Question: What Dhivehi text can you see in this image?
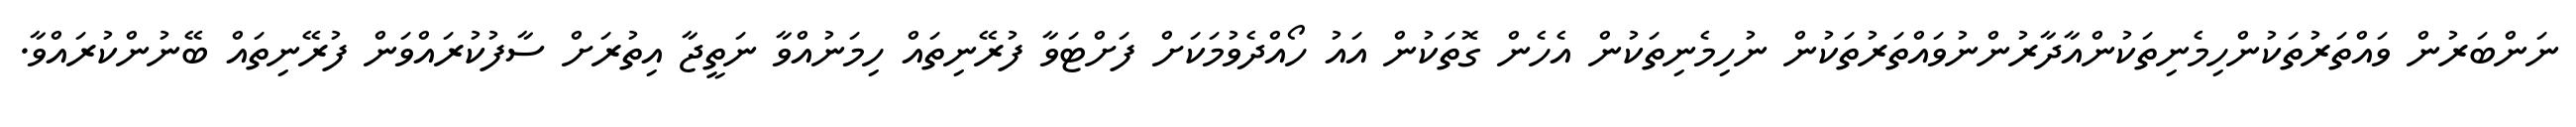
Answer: ނަންބަރުން ވައްތަރުތަކުންހިމެނިތަކުންއާދާރުންނުވައްތަރުތަކުން ނުހިމެނިތަކުން އެހެން ގޮތަކުން އައު ހޯއްދެވުމަކަށް ފަށްޓަވާ ފުރޭނިތައް ހިމަނުއްވާ ނަތީޖާ އިތުރަށް ސާފުކުރައްވަން ފުރޭނިތައް ބޭނުންކުރައްވާ.